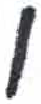
אות: ן